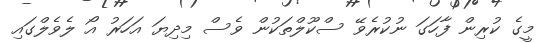
މީގެ ކުރިން ފާހަގަ ނުކުރެވޭ ސްކޫލްތަކުން ވެސް މިދިޔަ އަހަރު އޯ ލެވެލްގައި